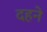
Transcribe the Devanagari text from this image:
दहने